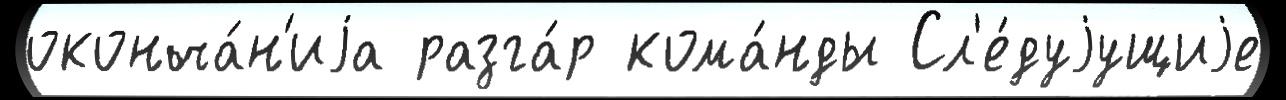
оконча́н'иjа разга́р кома́нды Сл'е́дуjущиjе